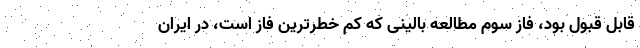
قابل قبول بود، فاز سوم مطالعه بالینی که کم خطرترین فاز است، در ایران